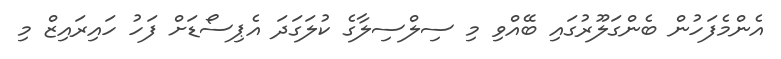
އެންމެފަހުން ބެންގަލޫރުގައި ބޭއްވި މި ސިލްސިލާގެ ކުލަގަދަ އެޕިސޯޑަށް ފަހު ހައިރައިޒް މި